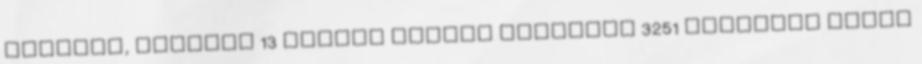
Oktatás, kultúra 13 Molnos Angéla honlapja 3251 Terebess Ázsia